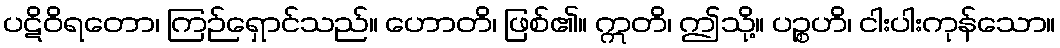
ပဋိဝိရတော၊ ကြဉ်ရှောင်သည်။ ဟောတိ၊ ဖြစ်၏။ ဣတိ၊ ဤသို့။ ပဉ္စဟိ၊ ငါးပါးကုန်သော။